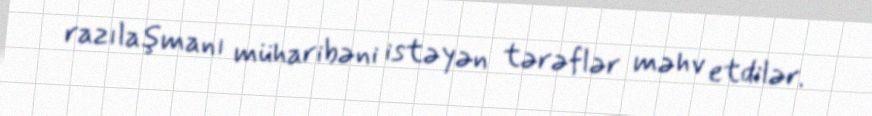
razılaşmanı müharibəni istəyən tərəflər məhv etdilər.